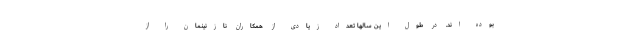
بوده اند. در طول این سالها تعداد زیادی از همکاران نازنینمان را از